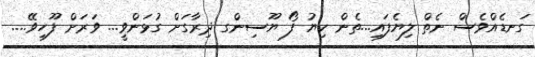
ގަނޑެއްވެސް ނެތް ލިޔެފައި...ތެން ކިޔު ފޯ ޔޫސިންގ ދިރާގަށް ގުޅަންވީ... ވަރަށް ފޫހިވޭ....